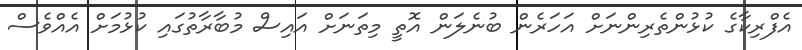
އެފްރިކާގެ ކުޅުންތެރިންނަށް އަހަރެން ބުނެލަން އޮތީ މިތަނަށް އައިސް މުބާރާތުގައި ކުޅުމަށް އެއްވެސް